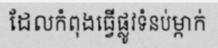
ដែលកំពុងធ្វើផ្លូវទំនប់ម្កាក់